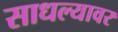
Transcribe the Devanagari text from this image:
साधल्यावर